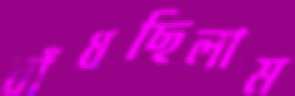
বাঁধছিলাম